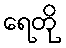
ရေတို